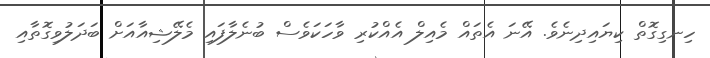
ހިނގިގޮތް ކިޔައިދިނެވެ. އޭނަ އެތައް މެއިލް އެއްކުރި ވާހަކަވެސް ބުނެލާފައި މެލޭޝިއާއަށް ބަދަލުވިގޮތާއި